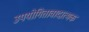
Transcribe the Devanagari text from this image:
उपयोगितावादात्मक